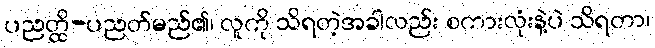
ပညတ္ထိ-ပညတ်မည်၏၊ လူကို သိရတဲ့အခါလည်း စကားလုံးနဲ့ပဲ သိရတာ၊